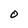
Character: O